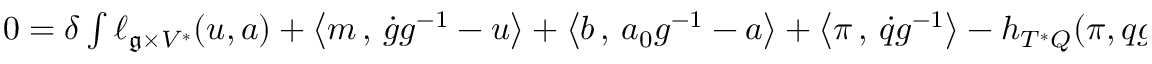
\begin{array} { r } { 0 = \delta \int \ell _ { \mathfrak { g } \times V ^ { * } } ( u , a ) + \left< m \, , \, \dot { g } g ^ { - 1 } - u \right> + \left< b \, , \, a _ { 0 } g ^ { - 1 } - a \right> + \left< \pi \, , \, \dot { q } g ^ { - 1 } \right> - h _ { T ^ { * } Q } ( \pi , q g ^ { - 1 } ) \, d t \, . } \end{array}